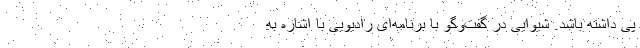
پی داشته باشد. شیوایی در گفت‌وگو با برنامه‌ای رادیویی با اشاره به